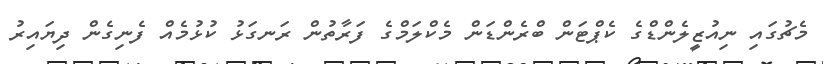
މެޗުގައި ނިއުޒީލެންޑްގެ ކެޕްޓަން ބްރެންޑަން މެކްލަމްގެ ފަރާތުން ރަނގަޅު ކުޅުމެެއް ފެނިގެން ދިޔައިރު